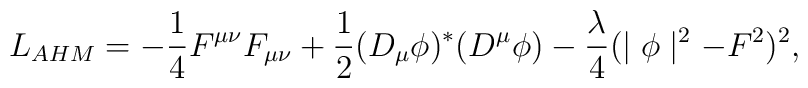
L_{AHM}=-{1\over 4}F^{\mu\nu}F_{\mu\nu} + {1\over 2}(D_\mu \phi)^*(D^\mu \phi) - {\lambda\over 4}(\mid\phi\mid ^2 -F^2)^2,